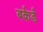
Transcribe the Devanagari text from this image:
बर्कर्ड